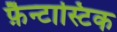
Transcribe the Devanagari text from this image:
फ़ैन्टास्टिक